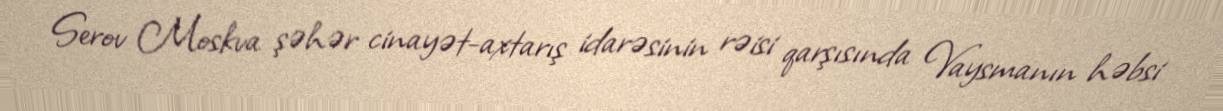
Serov Moskva şəhər cinayət-axtarış idarəsinin rəisi qarşısında Vaysmanın həbsi